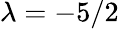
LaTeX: \lambda=-5/2